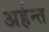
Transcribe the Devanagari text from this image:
अर्हन्त